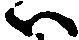
い